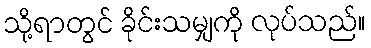
သို့ရာတွင် ခိုင်းသမျှကို လုပ်သည်။